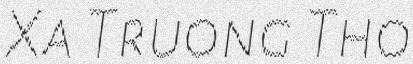
Xa Truong Tho